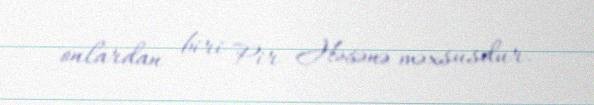
onlardan biri Pir Həsənə məxsusdur.